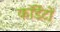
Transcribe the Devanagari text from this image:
कॉर्डेटों